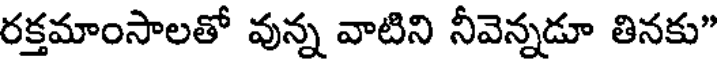
రక్తమాంసాలతో వున్న వాటిని నీవెన్నడూ తినకు"